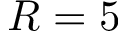
R = 5